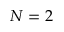
N = 2